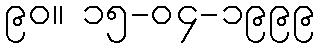
၉၀။ ၁၅-၀၄-၁၉၉၉